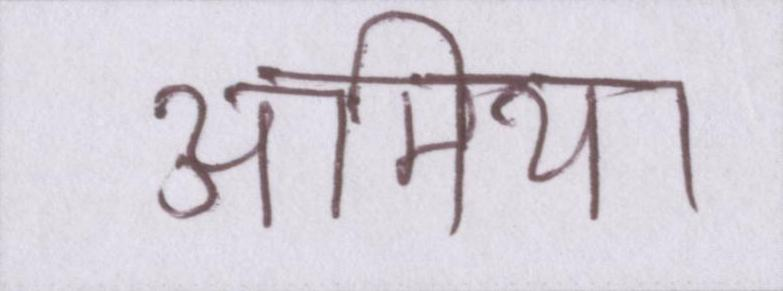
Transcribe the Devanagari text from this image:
अमिया